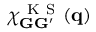
\chi _ { \mathbf { G } \mathbf { G } ^ { \prime } } ^ { \mathrm { ~ K ~ S ~ } } ( \mathbf { q } )